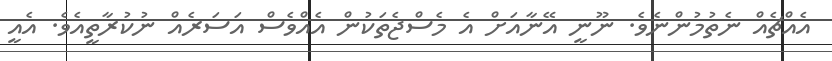
އެއްޗެއް ނެތުމުންނެވެ. ނޫނީ އޭނާއަށް އެ މެސްޖެތަކުން އެއްވެސް އަސަރެއް ނުކުރާތީއެވެ. އެއީ